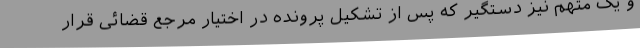
و یک متهم نیز دستگیر که پس از تشکیل پرونده در اختیار مرجع قضائی قرار